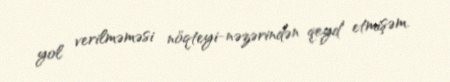
yol verilməməsi nöqteyi-nəzərindən qeyd etmişəm.